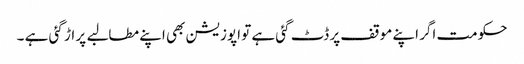
حکومت اگر اپنے موقف پر ڈٹ گئی ہے تو اپوزیشن بھی اپنے مطالبے پر اڑ گئی ہے ۔